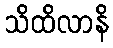
သိထိလာနိ